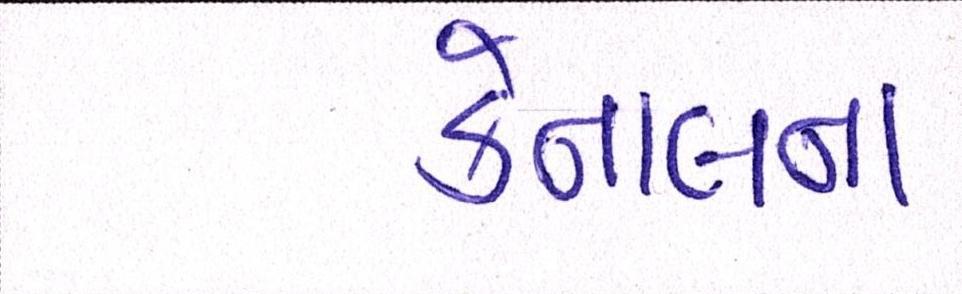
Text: કેનાલના